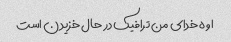
اوه خدای من ترافیک در حال خزیدن است